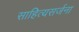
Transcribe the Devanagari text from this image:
साहित्यसर्जना